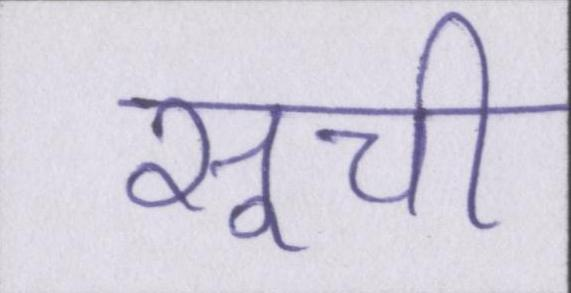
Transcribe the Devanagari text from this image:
सूची